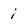
Character: i